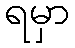
ရမှာ